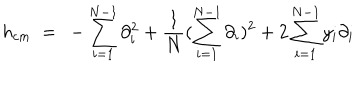
LaTeX: h _ { c m } \ = \ - \sum _ { i = 1 } ^ { N - 1 } \partial _ { i } ^ { 2 } + \frac { 1 } { N } ( \sum _ { i = 1 } ^ { N - 1 } \partial _ { i } ) ^ { 2 } + 2 \sum _ { i = 1 } ^ { N - 1 } y _ { i } \partial _ { i }